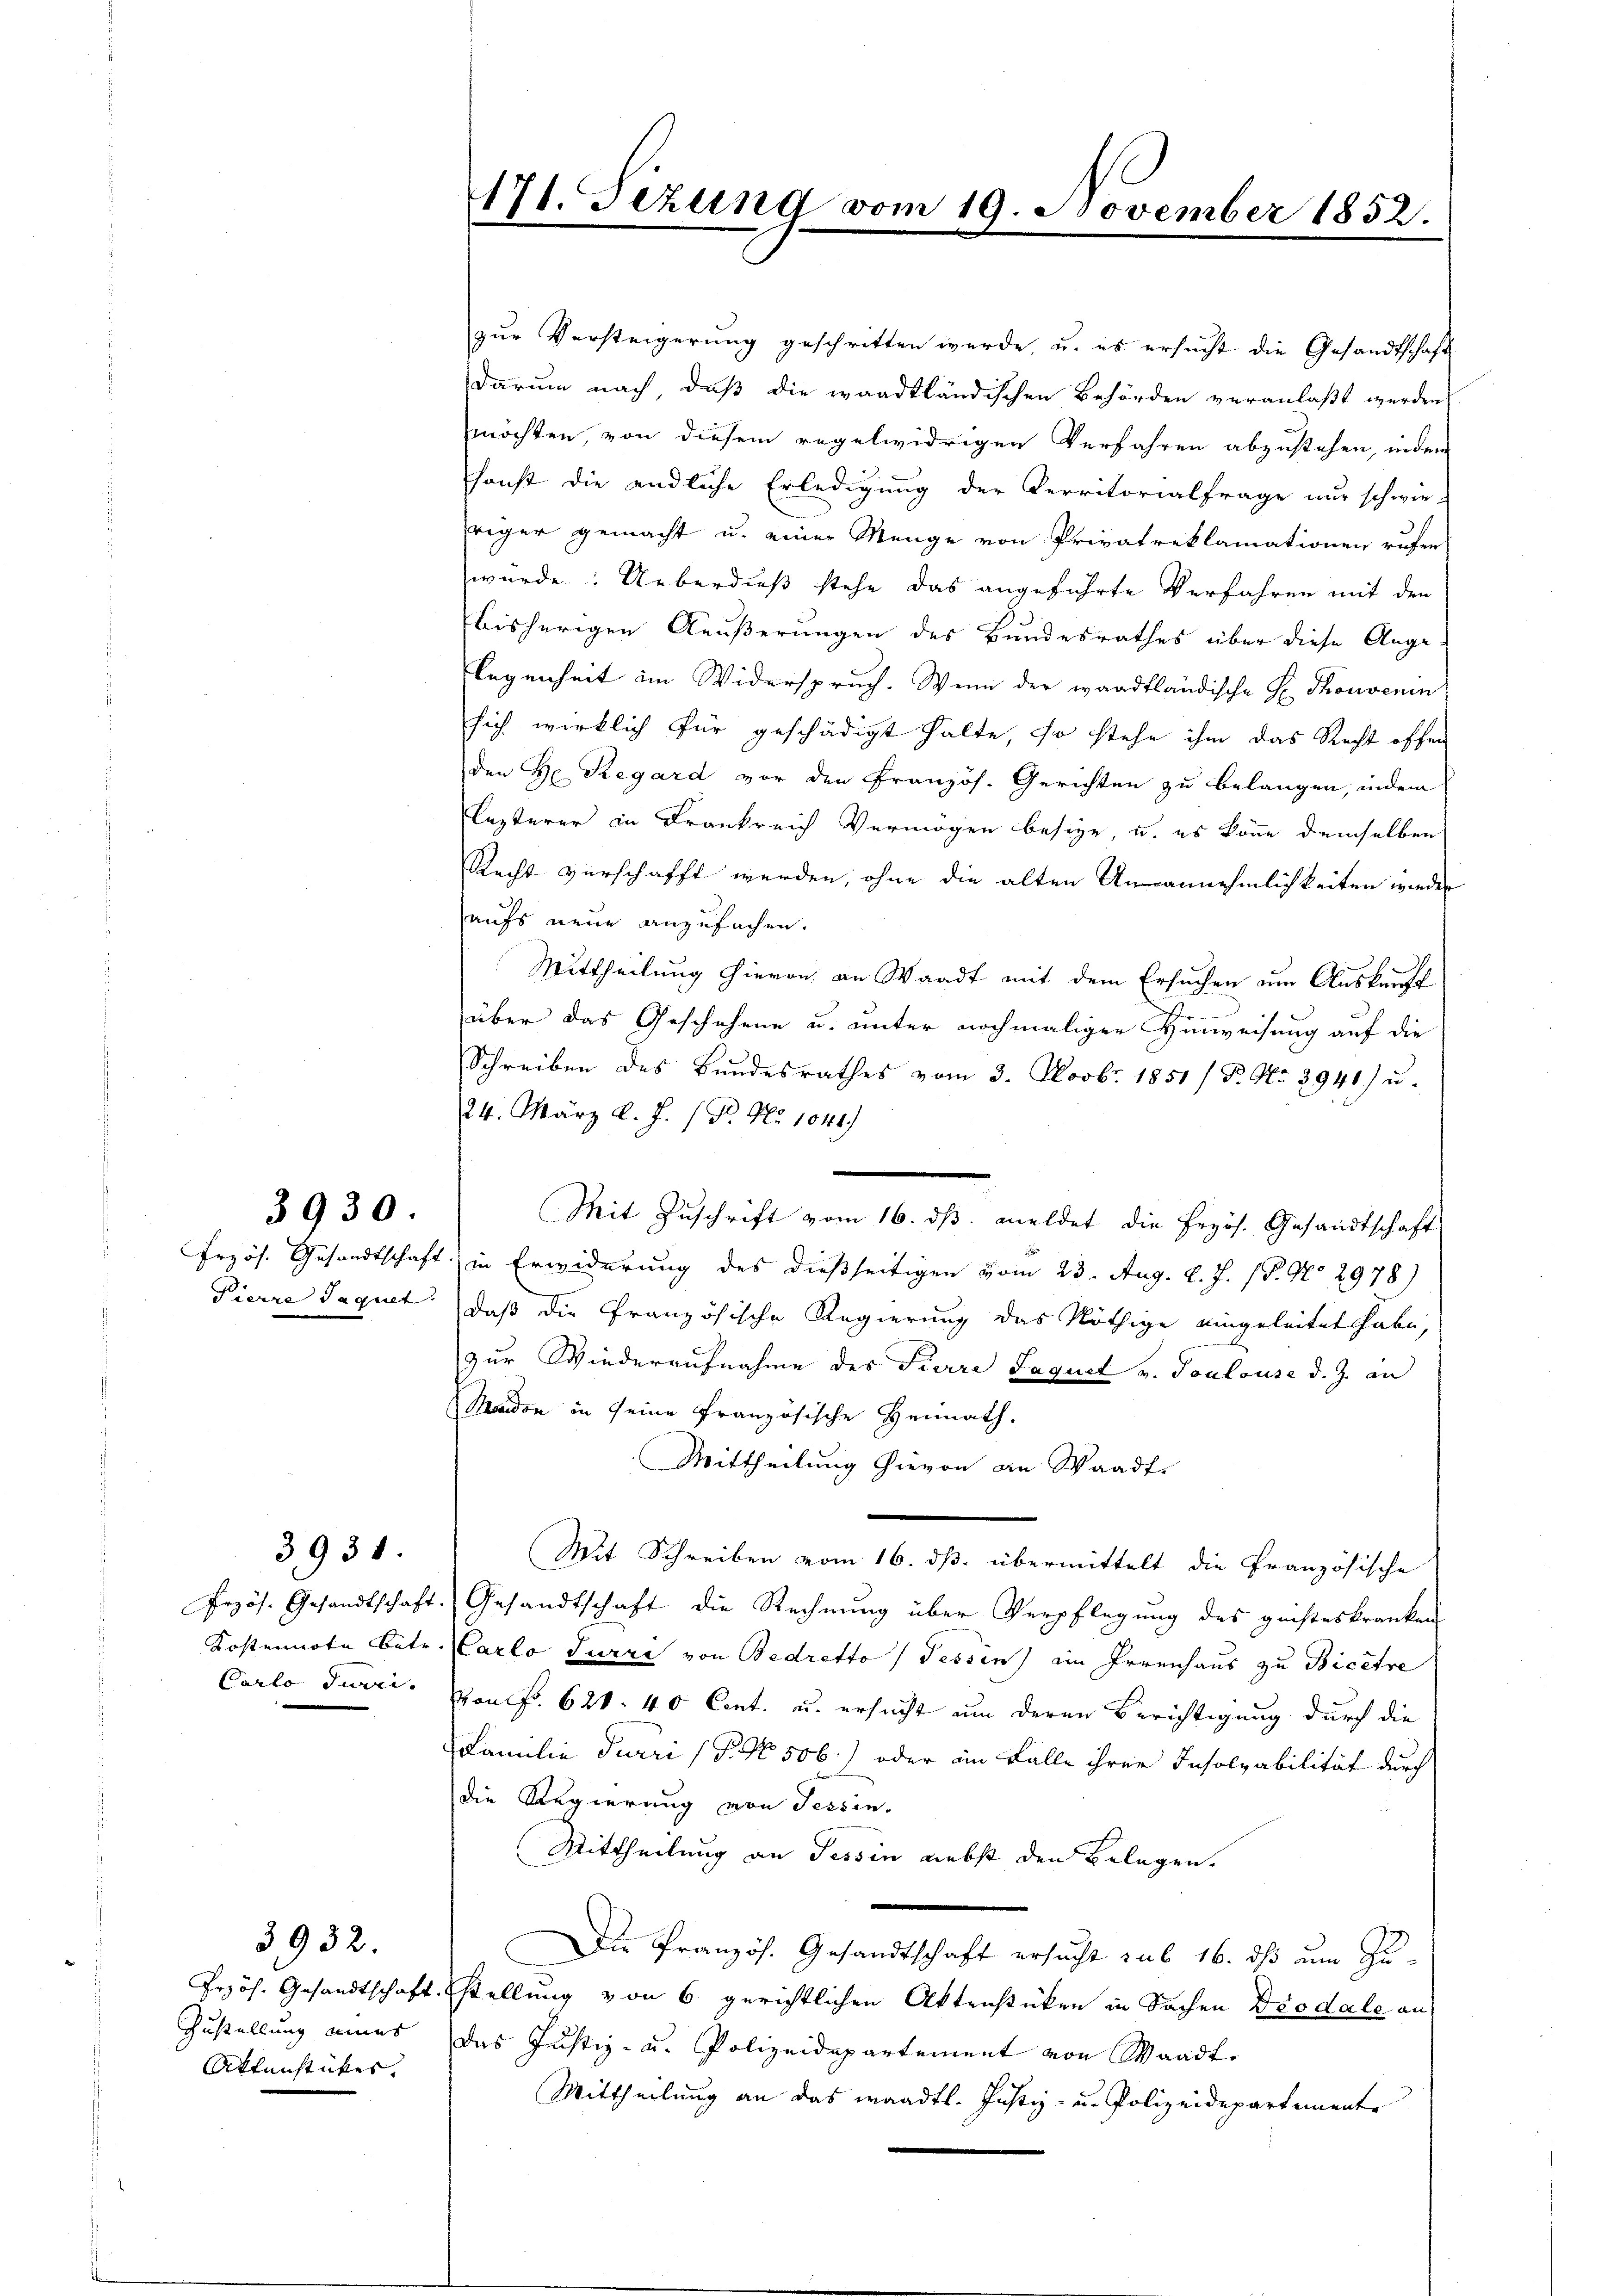
3930.

Carlo Turci

3932.
Zustellung eines
Attenstückes.

3931

171. Fezung vom 19. November 1852.

zur Versteigerung geschritten werde, u. es ersucht die Gesandtschaft
darum nach, daß die waadtländischen Behörden veranlaßt werden.
möchten, von diesem regelwidrigen Verfahren abzustehen, indem
sonst die endliche Erledigung der Kerritorialfrage nur schwie-
hriger gemacht u. einer Menge von Privatreklamationen rufer
würde: Ueberdieß stehe das angeführte Verfahren mit den
bisherigen Aeußerungen des Bundesrathes über diese Angelegenheit im Widerspruch. Wenn der waadtländische H. Thonvenin
sich wirklich für geschädigt halte, so stehe ihm das Recht offen
den H. Regard vor den Französ. Gerichten zu belangen, indem
lezterer in Krankreich Vermögen besize, u. es könne demselben
Recht verschafft werden, ohne die alten Unannehmlichkeiten wieder
aufs neue anzufachen.
Mittheilung hievon, an Waadt mit dem Ersuchen um Auskunft
über das Geschehene u. unter nochmaligen Hinweisung auf die
Schreiben des Bundesrathes vom 3. Novbr. 1851 /Pr. No 3941) u.
24. März l. J. P. Nr. 1041.)
Mit Zuschrift vom 16. ds. meldet die Erzös. Gesandtschaft
Frzös. Gesandtschaft in Erwiderung des dießseitigen vom 23. Aug. l. J. (T. No 2978)
Pierre Jaquet, daß die Französische Regierung das Nöthige eingeleitet habe,
zur Wiederaufnahme des Tierre Jaquet v. Toulouse d. J. an
Manden in seine Französische Heimath.
Mittheilung hievon an Waadt.
Mit Schreiben vom 16. ds. übermittelt die Französische
Przös. Gesandtschaft. Gesandtschaft die Rechnung über Verpflegung des geisteskranken
Kostennote betr. Karlo Turze von Bedretto, Tessin, ein Irrenhaus zu Bicetre
Von Fr. 620. 40 Cent. u. ersucht um deren Berichtigung durch die
Familie Juri (T. No. 506) oder im Falle ihrer Insolvabilität durch
die Regierung von Tessin.
Mittheilung an Tessin nebst den Belegen.
Die Französ. Gesandtschaft ersucht sub 16. ds am Zu¬
Przös. Gesandtschaft stellung von 6 gerichtlichen Aktenstücken in Sachen Diodale an
Das Justiz- u. Polizeidepartement von Waadt.
Mittheilung an das waadtl. Justiz- u. Polizeidepartemente